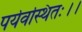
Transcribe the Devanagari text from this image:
पर्यवस्थितः।।